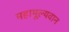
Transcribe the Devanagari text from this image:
महामूल्यवान